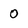
Character: 0